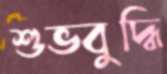
শুভবুদ্ধি